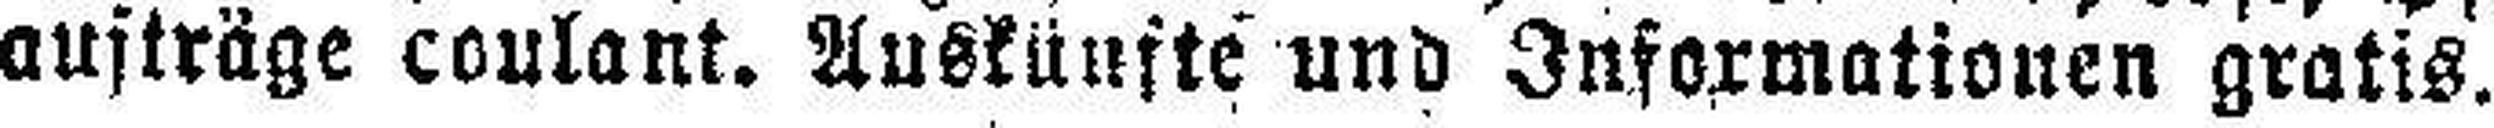
aufträge coulant. Auskünfte und Informationen gratis.